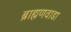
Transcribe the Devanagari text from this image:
ब्राह्मणवाडा